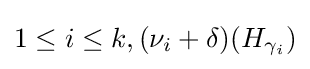
1\leq i\leq k,(\nu _{i}+\delta )(H_{\gamma _{i}})